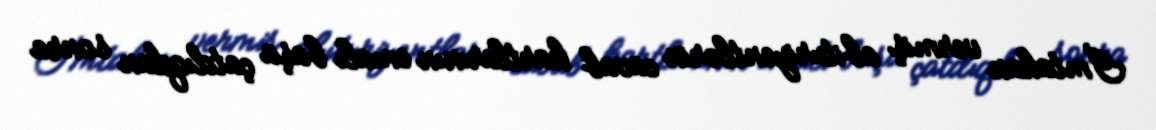
İmtahan vermiş abituriyentlərin cavab kartlarının emalı başa çatdıqdan sonra